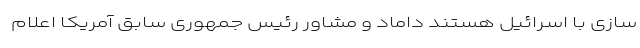
سازی با اسرائیل هستند داماد و مشاور رئیس جمهوری سابق آمریکا اعلام